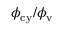
\phi _ { \mathrm { c y } } / \phi _ { \mathrm { v } }